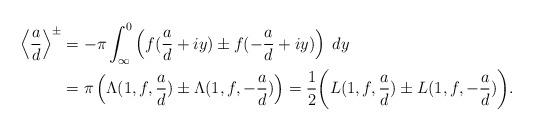
LaTeX: \begin{align*}\left<\frac{a}{d}\right>^{\pm}& = -\pi \int_{\infty}^0 \left ( f( \frac{a}{d}+iy) \pm f(- \frac{a}{d}+iy)\right ) \; dy\\ & = \pi \left( \Lambda(1, f, \frac{a}{d}) \pm \Lambda(1,f, -\frac{a}{d})\right )= \frac{1}{2}\bigg(L(1, f, \frac{a}{d}) \pm L(1, f, -\frac{a}{d})\bigg). \end{align*}